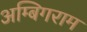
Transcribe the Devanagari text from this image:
अम्बिगराम